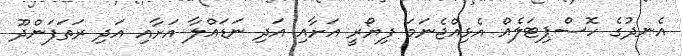
އެނދުގެ ހޮސްޕިޓަލެއް އެޅިއްޖެނަމަ ފިޔޯރީ އަށާއި އަދި ނަޑައްލާ އަށާއި އަދި ރަތަފަންދޫ